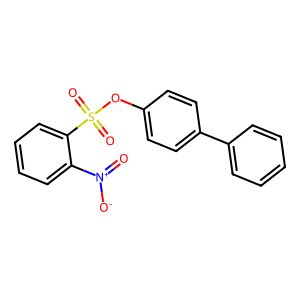
SMILES: O=[N+]([O-])c1ccccc1S(=O)(=O)Oc1ccc(-c2ccccc2)cc1
Inhibits HIV replication: No